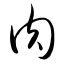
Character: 肉